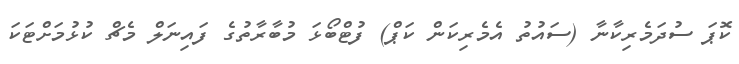
ކޮޕަ ސުދަމެރިކާނާ (ސައުތު އެމެރިކަން ކަޕް) ފުޓްބޯޅަ މުބާރާތުގެ ފައިނަލް މެޗް ކުޅުމަށްޓަކަ